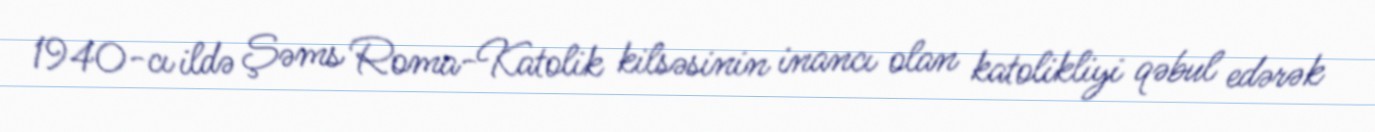
1940-cı ildə Şəms Roma-Katolik kilsəsinin inancı olan katolikliyi qəbul edərək